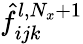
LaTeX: \hat{f}_{ijk}^{l,N_{x}+1}